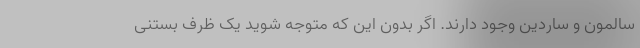
سالمون و ساردین وجود دارند. اگر بدون این که متوجه شوید یک ظرف بستنی